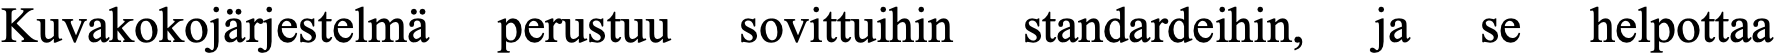
Kuvakokojärjestelmä perustuu sovittuihin standardeihin, ja se helpottaa